Papaver somniferum - Opium : an extract from the sixth volume of the Dictionary of Economic Products of India
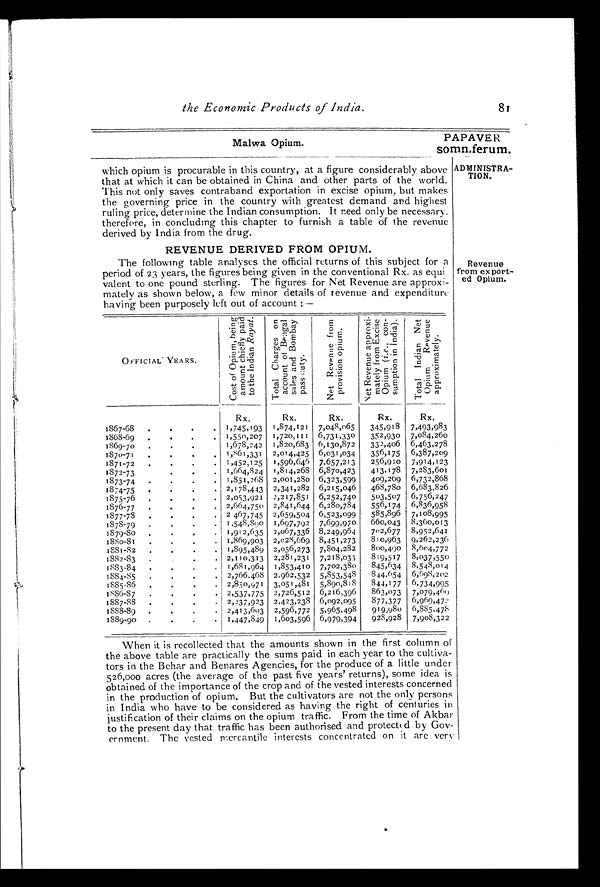
the Economic Products of India.
8 1
Malwa Opium.
PAPAVER
somniferum.
which opium is procurable in this country, at a figure considerably above
that at which it can be obtained in China and other parts of the world.
This not only saves contraband exportation in excise opium, but makes
the governing price in the country with greatest demand and highest
ruling price, determine the Indian consumption. It need only be necessary.
therefore, in concluding this chapter to furnish a table of the revenue
derived by India from the drug.
ADMINISTRA- TION.
REVENUE DERIVED FROM OPIUM.
The following table analyses the official returns of this subject for a
period of 23 years, the figures being given in the conventional Rx. as equi
valent to one pound sterling. The figures for Net Revenue are approxi-
mately as shown below, a few minor details of revenue and expenditure
having been purposely left out of account:—
Revenue
from export-
ed Opium.
OFFICIAL YEARS.
C o s t o f O p i u m , b e i n g
a m o u n t c h i e f l y p a i d
t o t h e I n d i a n R a y a t .
T o t a l C h a r g e s o n
a c c o u n t o f B e n g a ls
a l e s a n d B o m b a yp
a s s c u t y .
N e t R e v e n u e f r o m
p r o v i s i o n o p i u m .
N e t R e v e n u e a p p r o x i -
m a t e l y f r o m E x c i s e
O p i u m ( i . e . , c o n -
s u m p t i o n i n I n d i a ) . T o t a l I n d i a n N e t
O p i u m R e v e n u ea
p p r o x i m a t e l y .
Rx. Rx. Rx. Rx.
R x .
1867-68 . . . . 1, 745, 193 1, 874, 121 7, 048, 065 345, 918 7, 493, 983
1868-69 . . . . 1, 550, 207 1, 720, 111 6, 731, 330 352, 930 7, 084, 260
1869-70 . . . 1, 678, 242 1, 820, 683 6, 130, 872 332, 406 6, 463, 278
1870- 71 . . . . 1, 861, 331 2, 014, 425 6, 031, 034 356, 175 6, 387, 209
1871-72 . . . . 1, 452, 125 1, 596, 646 7, 657, 213 256, 910 7, 914, 123
1872-73 . . . . 1, 664, 824 1, 814, 268 6, 870, 423 413, 178 7, 283, 601
1 8 7 3 - 7 4 . . . . 1, 851, 268 2, 001, 280 6, 323, 599 409, 269 6, 732, 868
1874-75 . . . . 2, 178, 443 2, 341, 282 6, 215, 046 468, 780 6, 683, 826
1875-76 . . . . 2, 053, 921 2, 217, 851 6, 252, 740 503, 507 6, 756, 247
1876-77 . . . . 2, 664, 750 2, 841, 644 6, 280, 784 556, 174 6, 836, 958
1877-78 . . . . 2467, 745 2, 659, 504
6 , 5 2 3 , 0 9 9 585, 896 7, 108, 995
1878-79 . . . . 1, 548, 890 1, 697, 792 7, 699, 970 660, 043 8, 360, 013
1879-80 . . . . 1, 912, 635 2, 067, 336 8, 249, 964 702, 677 8, 952, 641
1880-81 1881-82 .
. . . . . . . 1, 869, 903
1, 895, 489 2, 028, 669
2, 056, 273 8, 451, 273
7, 804, 282 810, 963
800, 490 9, 262, 236
8, 604, 772
1882-83 . . . . 2, 110, 313 2, 281, 231 7, 218, 033 819, 517 8, 037, 550
1883-84 . . . . 1, 681, 964 1, 853, 410 7, 702, 380
8 4 5 , 6 3 4 8, 548, 014
1884-85 . . . . 2, 766, 468 2, 962, 532 5, 853, 548 844, 654 6, 698, 202
1885-86 . . . . 2, 850, 971 3, 051, 481 5, 890, 818
8 4 4 , 1 7 7 6, 734, 995
1886-87 . . . . 2, 537, 775 2, 726, 512 6, 216, 396 863, 073 7, 079, 469
1887-88 . . . . 2, 237, 923 2, 423, 238 6, 092, 095 877, 377 6, 969, 472
1888-89 . . . . 2, 413, 603 2, 596, 772 5, 965, 498 919, 980 6, 885, 478
1889-90 . . . . 1, 447, 849 1, 603, 596
6 , 9 7 9 , 3 9 4 928, 928 7, 908, 322
When it isr e c o l l e c t e d t h a t t h e a m o u n t s s h o w n i n t h e f i r s t c o l u m no
f
the above table are practically the sums paid in each year to the cultiva-
tors in the Behar and Benares Agencies, for the produce of a little under
526,000 acres (the average of the past five years' returns), some idea is
obtained of the importance oft h e c r o p a n d o f t h e v e s t e d i n t e r e s t s c o n c e r n e d
in the production of opi um. But the cultivators are not the only persons
in India who have to be considered as having the right of centuries i n
justification of their claims on the opium traffic. From the time of Akbar
to the present day that traffic has been authorised and protected byG o v -
ernment. The vested mercantile interests concentrated on it are very